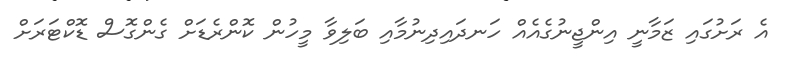
އެ ރަށުގައި ޒަމާނީ އިންޖީނުގެއެއް ހަނދައިދިނުމާއި ބަލިވާ މީހުން ކޮންރެޑަށް ގެންގޮސް ޑޮކްޓަރަށް